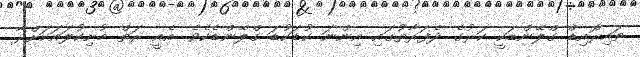
ތައިރޮއިޑް ގްލޭންޑަކީ ކަރުގެ ދެފަރާތުގައި އިންނަ ކުޑަކުޑަ ގްލޭންޑެކެވެ. އެއީ ރަތް މުށިކުލައަކަށްދާ